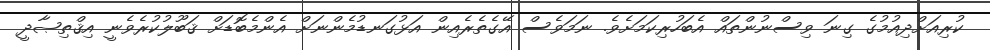
ކުރިއަށްދިއުމުގެ ގިނަ ވިސްނުންތައް އެބަހުރިކަމަށެވެ. ނަމަވެސް އޭގެތެރެއިން އަޅުގަނޑުމެންނަށް އެންމެބޮޑަށް ޤަބޫލުކުރެވެނީ އިޤްތިޞާދީ